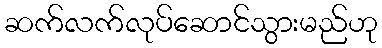
ဆက်လက်လုပ်ဆောင်သွားမည်ဟု